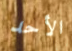
الأحد